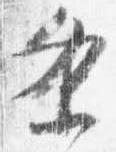
条